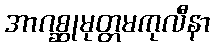
အာဂစ္ဆုမုတ္တမကုလီနာ